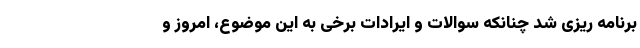
برنامه ریزی شد چنانکه سوالات و ایرادات برخی به این موضوع، امروز و